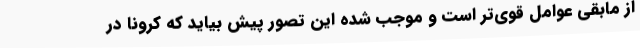
از مابقی عوامل قوی‌تر است و موجب شده این تصور پیش بیاید که کرونا در